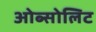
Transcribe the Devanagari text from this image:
ओब्सोलिट